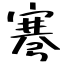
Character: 弿